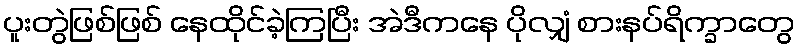
ပူးတွဲဖြစ်ဖြစ် နေထိုင်ခဲ့ကြပြီး အဲဒီကနေ ပိုလျှံ စားနပ်ရိက္ခာတွေ